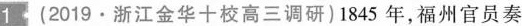
1(2019.浙江金华十校高三调研)1845年，福州官员奏